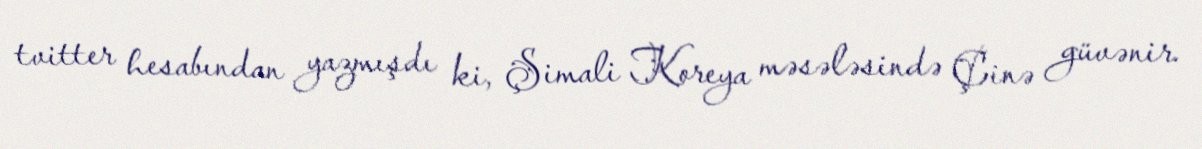
tvitter hesabından yazmışdı ki, Şimali Koreya məsələsində Çinə güvənir.